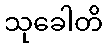
သုခေါတိ